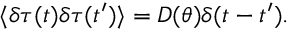
\langle \delta \tau ( t ) \delta \tau ( t ^ { \prime } ) \rangle = D ( \theta ) \delta ( t - t ^ { \prime } ) .